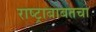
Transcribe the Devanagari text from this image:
राष्ट्राबाबतचा